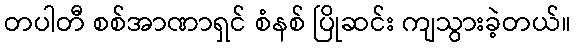
တပါတီ စစ်အာဏာရှင် စံနစ် ပြိုဆင်း ကျသွားခဲ့တယ်။